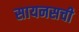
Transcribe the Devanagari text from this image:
सायनसची